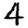
Digit: 4